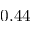
0 . 4 4